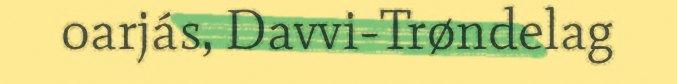
oarjás, Davvi-Trøndelag